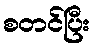
စတင်ပြီး